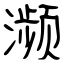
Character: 濒